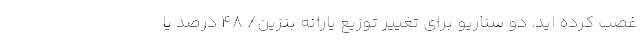
غصب کرده اید. دو سناریو برای تغییر توزیع یارانه بنزین/ ۴۸ درصد یا